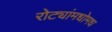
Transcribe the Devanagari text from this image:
रोट्यांमधोमध